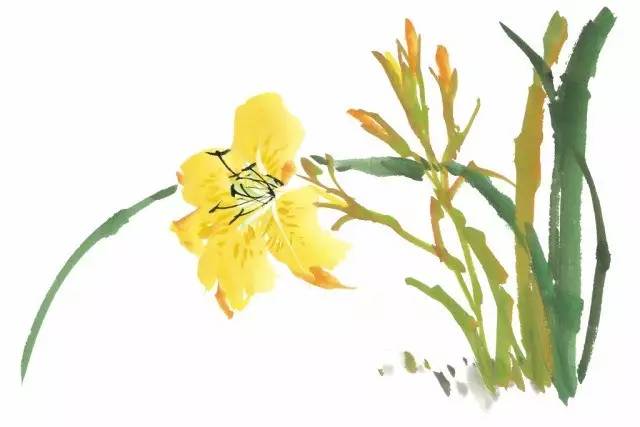
贤者在位，能者在职。